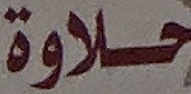
حلاوة